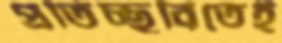
প্রতিচ্ছবিতেই